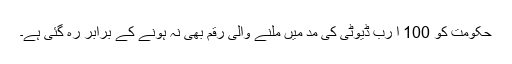
حکومت کو 100 ا رب ڈیوٹی کی مد میں ملنے والی رقم بھی نہ ہونے کے برابر رہ گئی ہے۔